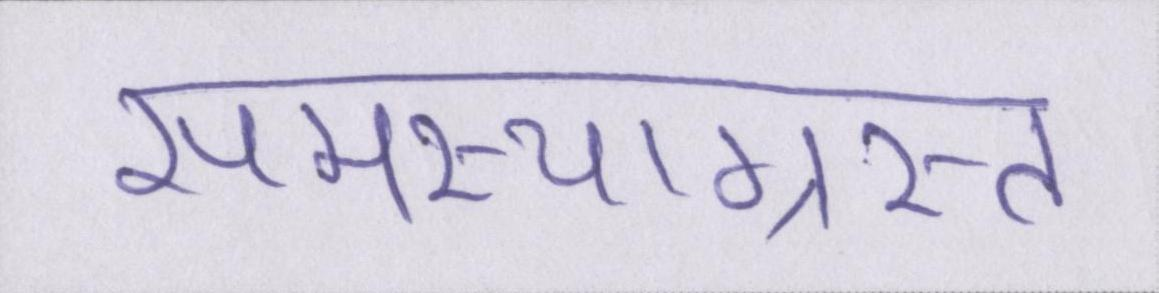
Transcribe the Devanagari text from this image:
समस्याग्रस्त